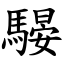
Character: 騴